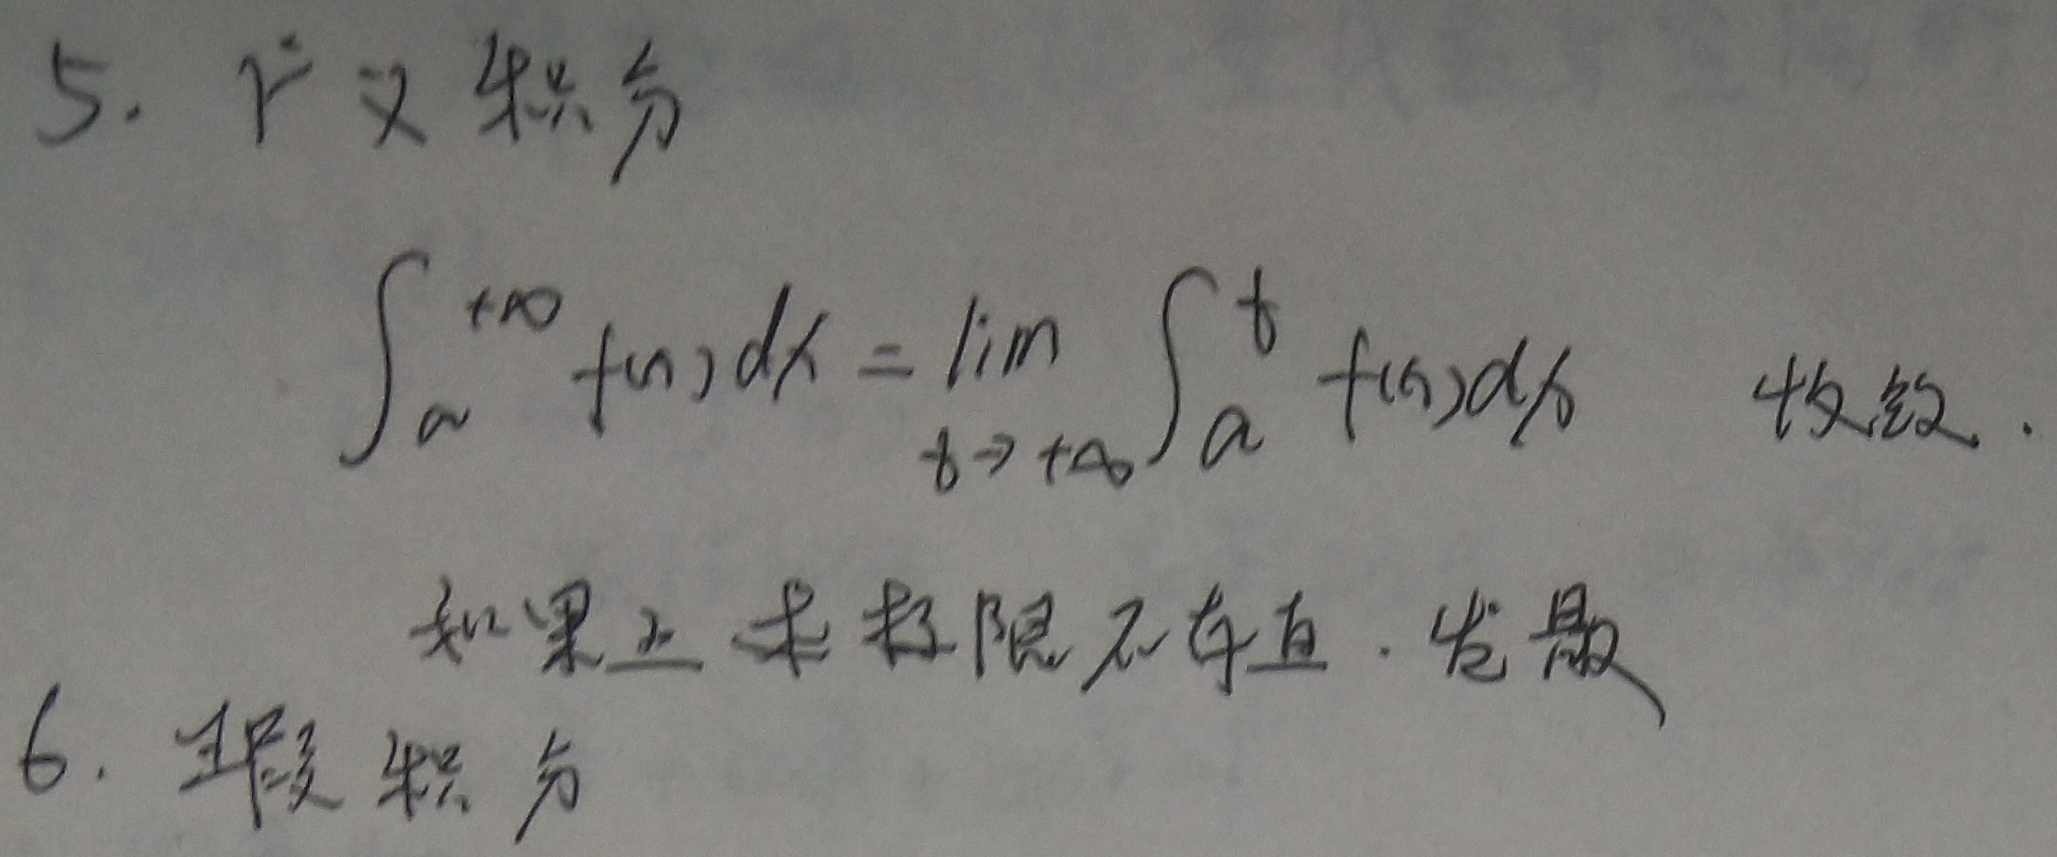
5. 广义积分
\[\int_{a}^{+\infty}f(x)dx=\lim_{t\rightarrow +\infty}\int_{a}^{t}f(x)dx\quad \text{收敛}。\]
如果上述极限不存在，则该广义积分发散。

6. 瑕积分